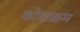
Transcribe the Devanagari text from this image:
कोशक्रम